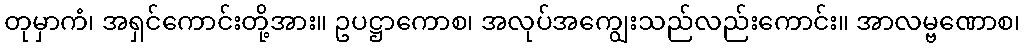
တုမှာကံ၊ အရှင်ကောင်းတို့အား။ ဥပဋ္ဌာကောစ၊ အလုပ်အကျွေးသည်လည်းကောင်း။ အာလမ္ဗဏောစ၊